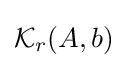
{\mathcal {K}}_{r}(A,b)